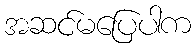
အဆင်မပြေပါက